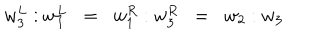
w _ { 3 } ^ { L } : w _ { 1 } ^ { L } \; \; = \; \; w _ { 1 } ^ { R } : w _ { 3 } ^ { R } \; \; = \; \; w _ { 2 } : w _ { 3 }